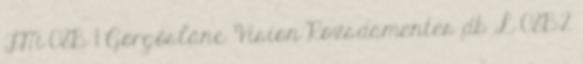
FM 08B 1 Görgőslánc Vision Rozsdamentes db L 08B2